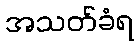
အသတ်ခံရ